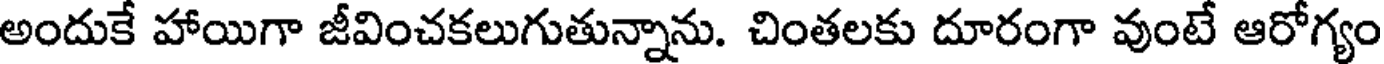
అందుకే హాయిగా జీవించకలుగుతున్నాను. చింతలకు దూరంగా వుంటే ఆరోగ్యం